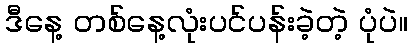
ဒီနေ့ တစ်နေ့လုံးပင်ပန်းခဲ့တဲ့ ပုံပဲ။